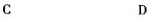
C D